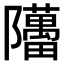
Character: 𬯥